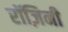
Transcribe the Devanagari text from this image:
रॉज़िनी